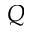
Q